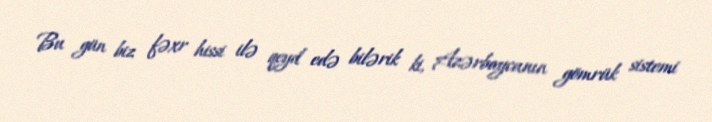
Bu gün biz fəxr hissi ilə qeyd edə bilərik ki, Azərbaycanın gömrük sistemi